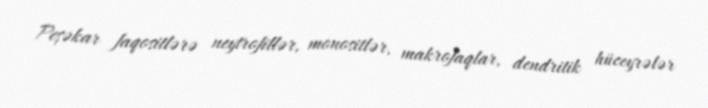
Peşəkar faqositlərə neytrofillər, monositlər, makrofaqlar, dendritik hüceyrələr